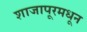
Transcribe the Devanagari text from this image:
शाजापूरमधून